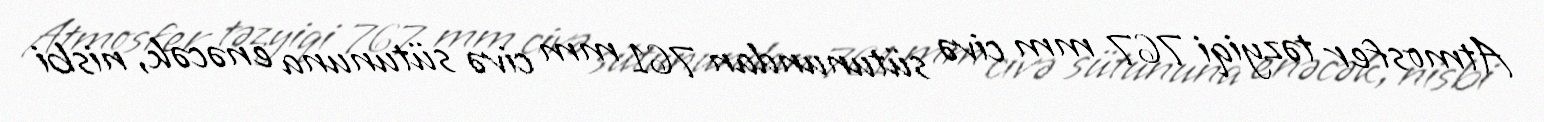
Atmosfer təzyiqi 767 mm civə sütunundan 761 mm civə sütununa enəcək, nisbi